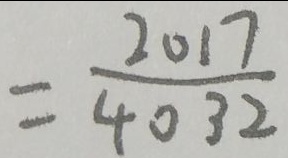
= \frac { 2 0 1 7 } { 4 0 3 2 }